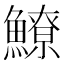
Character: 𩻻